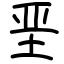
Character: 垩